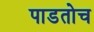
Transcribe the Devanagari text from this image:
पाडतोच